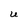
Character: U